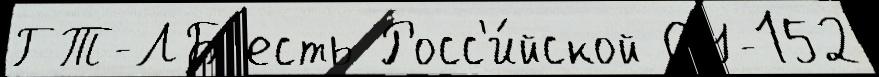
ГТ-ЛБ есть Росс'и́йской СУ-152